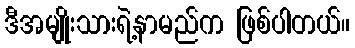
ဒီအမျိုးသားရဲ့နာမည်က ဖြစ်ပါတယ်။